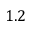
1 . 2